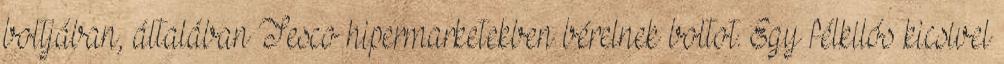
boltjában, általában Tesco hipermarketekben bérelnek boltot. Egy félkilós kicsivel